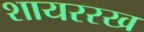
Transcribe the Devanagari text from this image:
शायररख